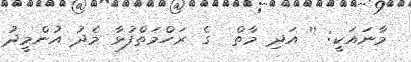
މާނައަކީ: '' އަދި މާތް  ގެ ރަހްމަތްފުޅާ މެދު އުންމީދު